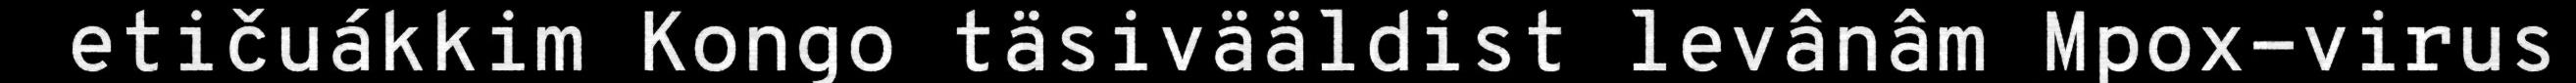
etičuákkim Kongo täsivääldist levânâm Mpox-virus